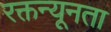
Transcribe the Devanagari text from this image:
रक्तन्यूनता